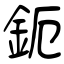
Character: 鈪